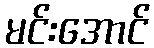
မင်းအောင်